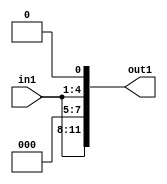
`timescale 1ps / 1ps

// Generated by Cadence Genus(TM) Synthesis Solution 17.11-s014_1
// Generated on: May  5 2021 02:46:20 CST (May  4 2021 18:46:20 UTC)

module DC_Filter_Mul_12U_3_4(in1, out1);
  input [3:0] in1;
  output [11:0] out1;
  wire [3:0] in1;
  wire [11:0] out1;
  assign out1[0] = 1'b0;
  assign out1[1] = in1[0];
  assign out1[2] = in1[1];
  assign out1[3] = in1[2];
  assign out1[4] = in1[3];
  assign out1[5] = 1'b0;
  assign out1[6] = 1'b0;
  assign out1[7] = 1'b0;
  assign out1[8] = in1[0];
  assign out1[9] = in1[1];
  assign out1[10] = in1[2];
  assign out1[11] = in1[3];
endmodule